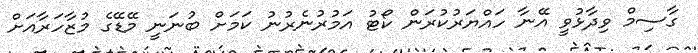
ގާސިމް ވިދާޅުވީ އޭނާ ހައްޔަރުކުރަން ކޯޓު އަމުރުނެރުނު ކަމަށް ބުނަނީ މޭޑޭގެ މުޒާހަރާއަށް